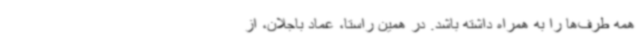
همه طرف‌ها را به همراه داشته باشد. در همین راستا، عماد باجلان، از